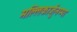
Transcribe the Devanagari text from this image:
मल्लिकार्जुनप्पा